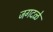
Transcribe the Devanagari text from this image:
जगदळे